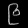
Digit: ၉